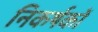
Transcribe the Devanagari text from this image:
निकर्षकों